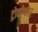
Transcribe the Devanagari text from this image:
ट्रोकोफोर